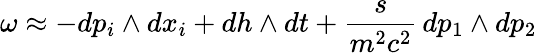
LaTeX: \omega\approx-dp_{i}\wedge{}dx_{i}+dh\wedge{}dt+\frac{s}{m^{2}c^{2}}\, dp_{1}\wedge{}dp_{2}